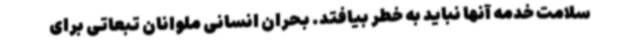
سلامت خدمه آنها نباید به خطر بیافتد. بحران انسانی ملوانان تبعاتی برای